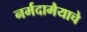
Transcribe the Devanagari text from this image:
नर्मदामैयाचे